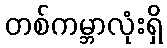
တစ်ကမ္ဘာလုံးရှိ